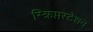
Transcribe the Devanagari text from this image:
स्क्रिप्तस्टेशन